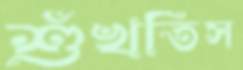
শুঁখতিস